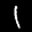
Label: 1